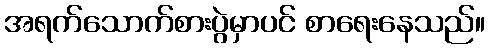
အရက်သောက်စားပွဲမှာပင် စာရေးနေသည်။